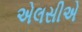
એલસીએ